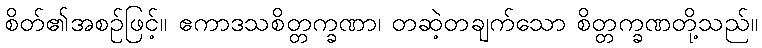
စိတ်၏အစဉ်ဖြင့်။ ဧကာဒသစိတ္တက္ခဏာ၊ တဆဲ့တချက်သော စိတ္တက္ခဏတို့သည်။